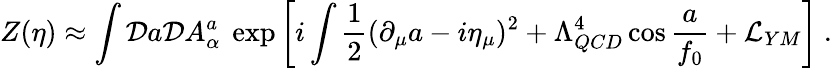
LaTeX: Z(\eta)\approx\int{\cal D}a{\cal D}A_{\alpha}^{a}\ \exp\left[i\int{\frac{1}{2}}(\partial_{\mu}a-i\eta_{\mu})^{2}+\Lambda_{QCD}^{4}\cos{\frac{a}{f_{0}}}+{\cal L}_{YM}\right]\ .